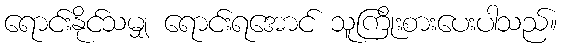
ရောင်းနိုင်သမျှ ရောင်းရအောင် သူကြိုးစားပေးပါသည်။